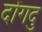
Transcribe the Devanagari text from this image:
दोंगदु